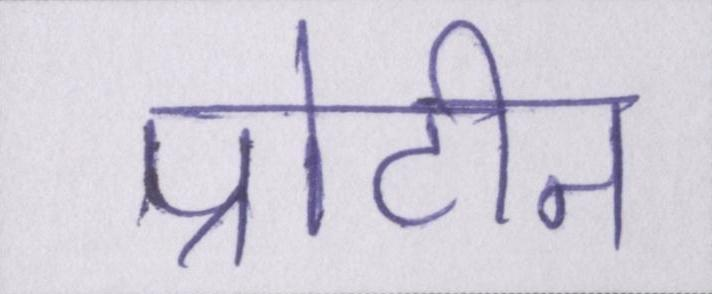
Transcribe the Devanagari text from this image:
प्रोटीन